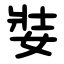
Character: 娤